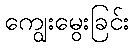
ကျွေးမွေးခြင်း